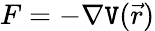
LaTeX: F=-\nabla\mathtt{V}({\vec{{r}}})